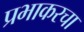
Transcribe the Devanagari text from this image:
प्रभाकरचा